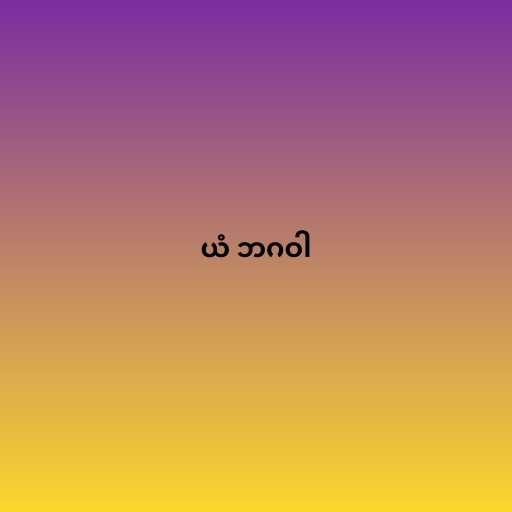
ယံ ဘဂဝါ